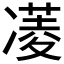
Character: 𮰈